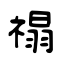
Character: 禢